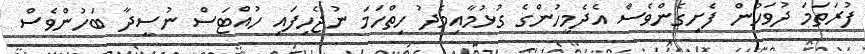
ފުރަތަމަ ދުވަހުން ފެށިގެންވެސް އެދެމީހުންގެ ގުޅުމާއިމެދު ހިތްހަމަ ނުޖެހިފައި ހުއްޓަސް ނުސީދާ ބަހުންވެސް